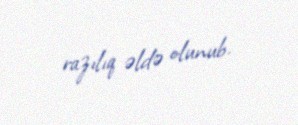
razılıq əldə olunub.